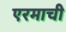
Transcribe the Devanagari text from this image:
एरमाची